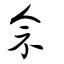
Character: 佘